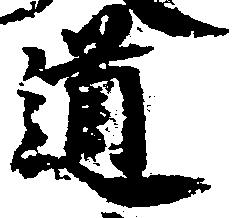
道